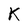
Character: K